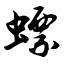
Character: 螵